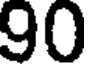
90